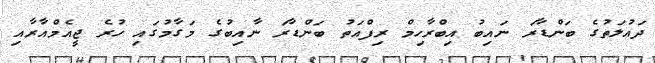
ދައުލަތުގެ ބަންޑާރަ ނައިބު އިބްރާހިމް ރިފްއަތު ބަންޑާރަ ނާއިބުގެ މަގާމުގައި ހުރެ ޖީއެމްއާރާއި